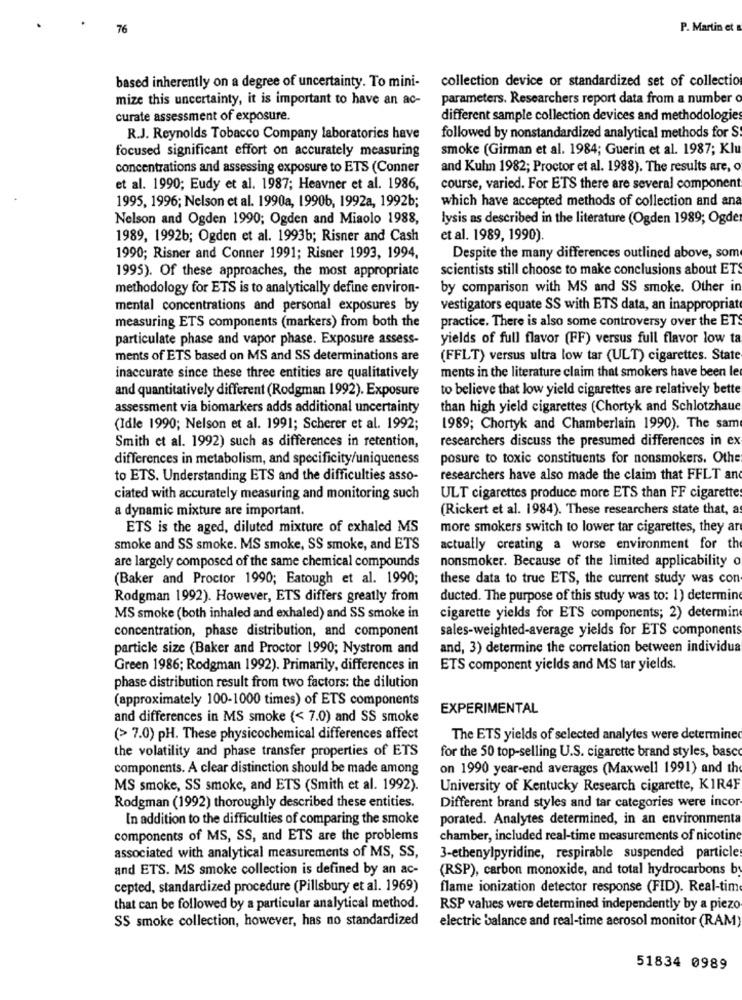
76
P. Martin et
based inherently on a degree of uncertainty. To mini-
collection device or standardized set of collection
mize this uncertainty, it is important to have an ac-
parameters. Researchers report data from a number o
curate assessment of exposure.
different sample collection devices and methodologies
R.J. Reynolds Tobacco Company laboratories have
followed by nonstandardized analytical methods for S
smoke (Girman et al. 1984; Guerin et al. 1987; Klu
focused significant effort on accurately measuring
concentrations and assessing exposure to ETS (Conner
and Kuhn 1982; Proctor et al. 1988). The results are, o
et al. 1990; Eudy et al. 1987; Heavner et al. 1986,
course, varied. For ETS there are several component
which have accepted methods of collection and ana
1995, 1996; Nelson et al. 1990a, 19906, 1992a, 1992b;
Nelson and Ogden 1990; Ogden and Miaolo 1988,
lysis as described in the literature (Ogden 1989; Ogde
1989, 1992b; Ogden et al. 19936; Risner and Cash
et al. 1989, 1990).
1990; Risner and Conner 1991; Risner 1993, 1994.
Despite the many differences outlined above, som
scientists still choose to make conclusions about ETS
1995). Of these approaches, the most appropriate
methodology for ETS is to analytically define environ-
by comparison with MS and SS smoke. Other in
mental concentrations and personal exposures by
vestigators equate SS with ETS data, an inappropriate
practice. There is also some controversy over the ETS
measuring ETS components (markers) from both the
particulate phase and vapor phase. Exposure assess-
yields of full flavor (FF) versus full flavor low ta
ments of ETS based on MS and SS determinations are
(FFLT) versus ultra low tar (ULT) cigarettes. State
inaccurate since these three entities are qualitatively
ments in the literature claim that smokers have been le
and quantitatively different (Rodgman 1992). Exposure
to believe that low yield cigarettes are relatively bette
assessment via biomarkers adds additional uncertainty
than high yield cigarettes (Chortyk and Schlotzhaue
(Idle 1990; Nelson et al. 1991; Scherer et al. 1992;
1989; Chortyk and Chamberlain 1990). The sam
researchers discuss the presumed differences in ex
Smith et al. 1992) such as differences in retention,
differences in metabolism, and specificity/uniqueness
posure to toxic constituents for nonsmokers. Othe
to ETS. Understanding ETS and the difficulties asso-
researchers have also made the claim that FFLT and
ciated with accurately measuring and monitoring such
ULT cigarettes produce more ETS than FF cigarettes
a dynamic mixture are important.
(Rickert et al. 1984). These researchers state that, a
ETS is the aged, diluted mixture of exhaled MS
more smokers switch to lower tar cigarettes, they ar
smoke and SS smoke. MS smoke, SS smoke, and ETS
actually creating a worse environment for the
are largely composed of the same chemical compounds
nonsmoker. Because of the limited applicability o
(Baker and Proctor 1990; Eatough et al. 1990;
these data to true ETS, the current study was con
Rodgman 1992). However, ETS differs greatly from
ducted. The purpose of this study was to: 1) determine
MS smoke (both inhaled and exhaled) and SS smoke in
cigarette yields for ETS components; 2) determine
sales-weighted-average yields for ETS components
concentration, phase distribution, and component
particle size (Baker and Proctor 1990; Nystrom and
and, 3) determine the correlation between individua
Green 1986; Rodgman 1992). Primarily, differences in
ETS component yields and MS tar yields.
phase distribution result from two factors: the dilution
(approximately 100-1000 times) of ETS components
EXPERIMENTAL
and differences in MS smoke (< 7.0) and SS smoke
(> 7.0) pH. These physicochemical differences affect
The ETS yields of selected analytes were determined
the volatility and phase transfer properties of ETS
for the 50 top-selling U.S. cigarette brand styles, basc
components. A clear distinction should be made among
on 1990 year-end averages (Maxwell 1991) and the
MS smoke, SS smoke, and ETS (Smith et al. 1992).
University of Kentucky Research cigarette, KIR4F
Rodgman (1992) thoroughly described these entities.
Different brand styles and tar categories were incor
In addition to the difficulties of comparing the smoke
porated. Analytes determined, in an environmenta
components of MS, SS, and ETS are the problems
chamber, included real-time measurements of nicotine
associated with analytical measurements of MS, SS,
3-ethenylpyridine, respirable suspended particles
and ETS. MS smoke collection is defined by an ac-
(RSP), carbon monoxide, and total hydrocarbons by
cepted, standardized procedure (Pillsbury et al. 1969)
flame ionization detector response (FID). Real-time
that can be followed by a particular analytical method.
RSP values were determined independently by a piezo
SS smoke collection, however, has no standardized
electric balance and real-time aerosol monitor (RAM)
51834 0989